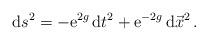
LaTeX: \begin{align*} {\rm d}s^2 = - {\rm e}^{2g} \, {\rm d} t^2 + {\rm e}^{-2g}\, {\rm d} \vec{x}^2\,.\end{align*}